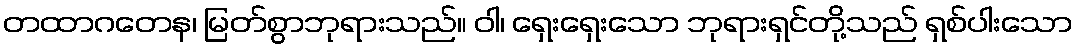
တထာဂတေန၊ မြတ်စွာဘုရားသည်။ ဝါ၊ ရှေးရှေးသော ဘုရားရှင်တို့သည် ရှစ်ပါးသော